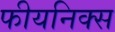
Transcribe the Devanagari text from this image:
फीयनिक्स